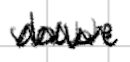
Text: double
Cross-out: zig-zag
Writing tool: digital_black